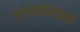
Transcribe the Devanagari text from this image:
ग्लाइकोसाइडों